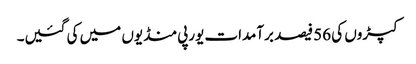
کپڑوں کی 56 فیصد برآمدات یورپی منڈیوں میں کی گئیں۔